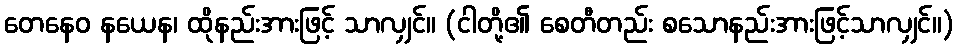
တေနေဝ နယေန၊ ထိုနည်းအားဖြင့် သာလျှင်။ (ငါတို့၏ စေတီတည်း စသောနည်းအားဖြင့်သာလျှင်။)